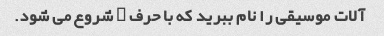
آلات موسیقی را نام ببرید که با حرف C شروع می شود.